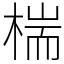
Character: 椯